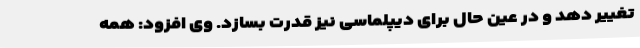
تغییر دهد و در عین حال برای دیپلماسی نیز قدرت بسازد. وی افزود: همه